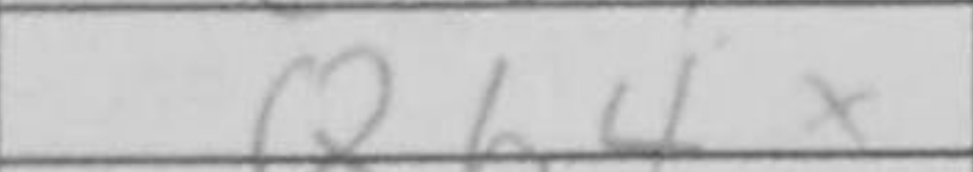
Transcription: Qb4+